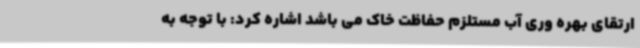
ارتقای بهره وری آب مستلزم حفاظت خاک می باشد اشاره کرد: با توجه به